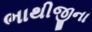
ભાથીજીના